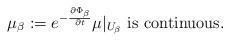
LaTeX: \begin{align*} \mu_{\beta}:= e^{-\frac{\partial \Phi_{\beta}}{\partial t}} \mu |_{U_\beta} {\mathrm{ \ is \ continuous.}} \end{align*}